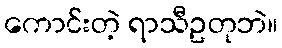
ကောင်းတဲ့ ရာသီဥတုဘဲ။